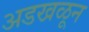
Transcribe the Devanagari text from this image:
अडखळून